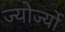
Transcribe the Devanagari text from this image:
ज्योर्ज्यो